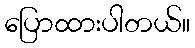
ပြောထားပါတယ်။